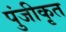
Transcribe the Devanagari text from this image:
पुंजीकृत